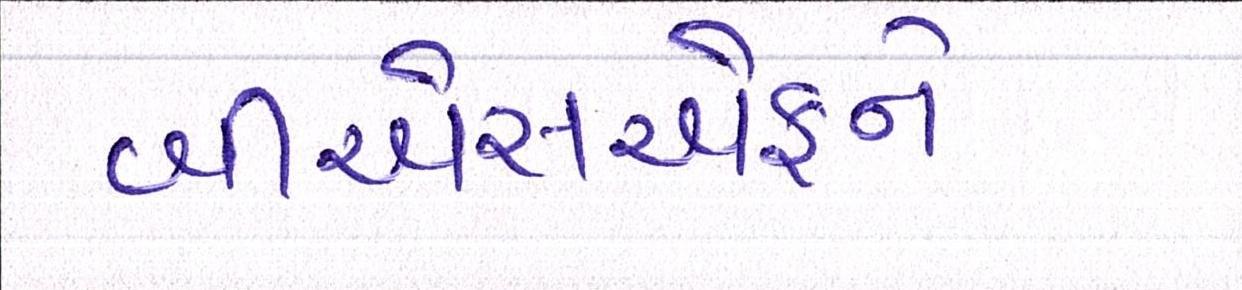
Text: બીએસએફને